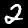
Digit: 2